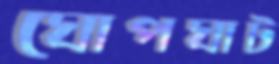
ঘোপঘাট